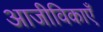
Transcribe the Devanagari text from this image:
आजीविकाएँ